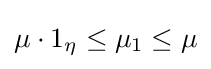
\mu \cdot 1_{\eta }\leq \mu _{1}\leq \mu